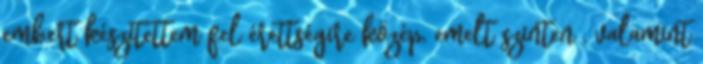
embert készítettem fel érettségire közép, emelt szinten , valamint